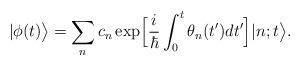
LaTeX: \begin{align*}|\phi(t)\bigr>=\sum_{n} c_{n} \exp \Bigl[\frac{i}{\hbar}\int_{0}^{t} \theta_{n}(t^{\prime}) d t^{\prime} \Bigr]|n;t \bigr>.\end{align*}